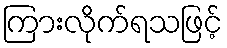
ကြားလိုက်ရသဖြင့်